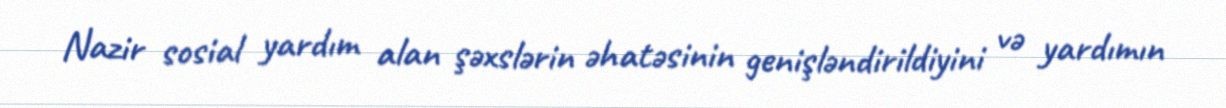
Nazir sosial yardım alan şəxslərin əhatəsinin genişləndirildiyini və yardımın